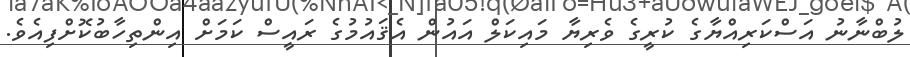
ލުބްނާނު އަސްކަރިއްޔާގެ ކުރީގެ ވެރިޔާ މައިކަލް އައުން އެޤައުމުގެ ރައީސް ކަމަށް އިންތިހާބުކޮށްފިއެވެ.